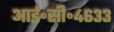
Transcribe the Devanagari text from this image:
आई॰सी॰४६३३